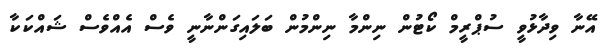
އޭނާ ވިދާޅުވީ ސުޕްރީމް ކޯޓުން ނިންމާ ނިންމުން ބަލައިގަންނާނީ ވެސް އެއްވެސް ޝައްކަކާ